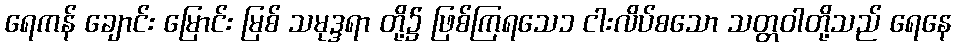
ရေကန် ချောင်း မြောင်း မြစ် သမုဒ္ဒရာ တို့၌ ဖြစ်ကြရသေ၁ ငါးလိပ်စသော သတ္တဝါတို့သည် ရေနေ